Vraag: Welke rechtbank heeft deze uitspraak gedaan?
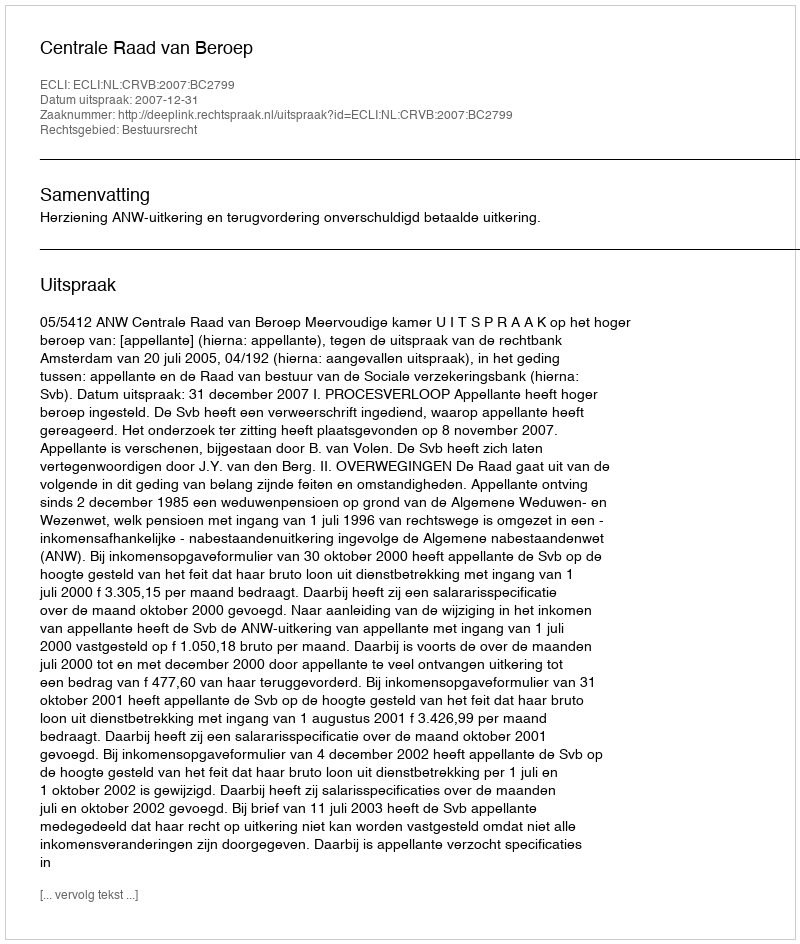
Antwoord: Centrale Raad van Beroep